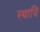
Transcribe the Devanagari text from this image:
स्थायि